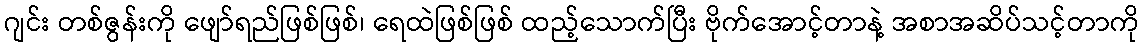
ဂျင်း တစ်ဇွန်းကို ဖျော်ရည်ဖြစ်ဖြစ်၊ ရေထဲဖြစ်ဖြစ် ထည့်သောက်ပြီး ဗိုက်အောင့်တာနဲ့ အစာအဆိပ်သင့်တာကို